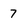
Character: 7